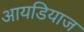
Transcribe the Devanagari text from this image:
आयडियाज